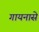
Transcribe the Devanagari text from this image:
गायनासे